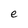
Character: e